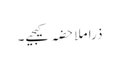
ذرا ملاحضہ کیجیے۔